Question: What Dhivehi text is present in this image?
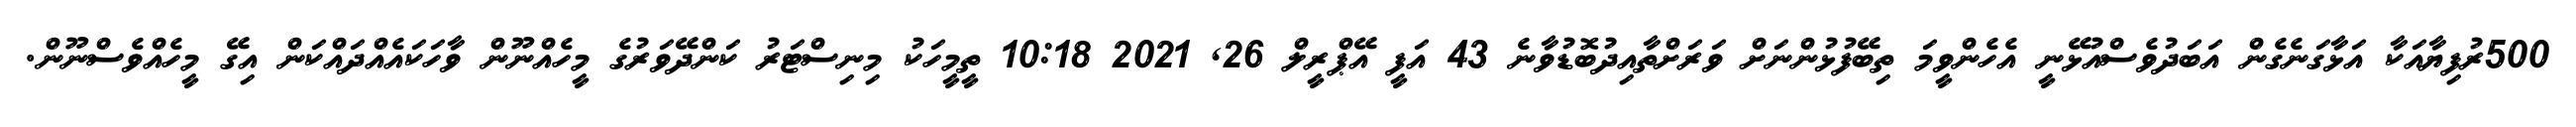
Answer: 500ރުފިޔާއަކާ އަޅާގަނެގެން އަބަދުވެސްއުޅޭނީ އެހެންވީމަ ތިބޭފުޅުންނަށް ވަރަށްތާއިދުބޮޑުވާނެ 43 އަފީ އޭޕްރީލް 26, 2021 10:18 ތީމީހަކު މިނިސްޓަރު ކަންދޭވަރުގެ މީހެއްނޫން ވާހަކައެއްދައްކަން އިގޭ މީހެއްވެސްނޫން.